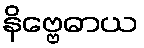
နိဗ္ဗေဓာယ